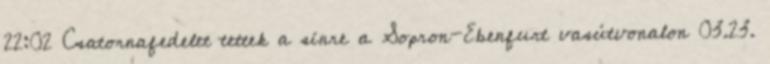
22:02 Csatornafedelet tettek a sínre a Sopron-Ebenfurt vasútvonalon 03.23.